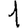
Digit: 1